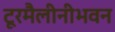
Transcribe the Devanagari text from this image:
टूरमैलीनीभवन